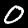
Label: 0